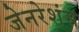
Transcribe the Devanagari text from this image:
जेनरेशंस